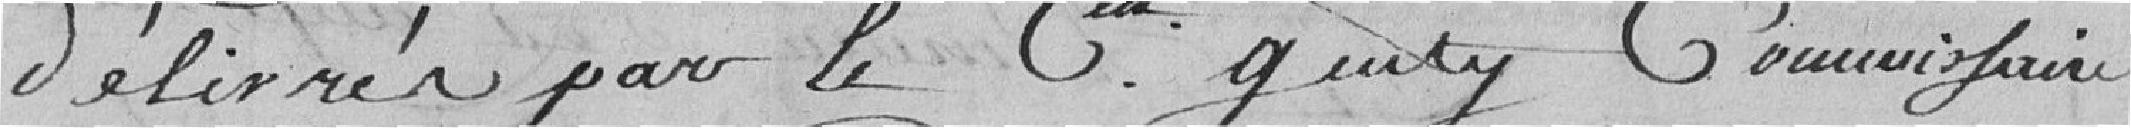
délivrés par le C.. Gurty Commissaire